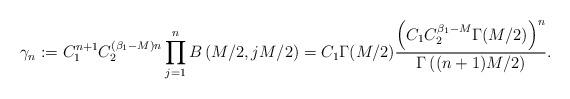
LaTeX: \begin{align*}\gamma_n:= C_1^{n+1} C_2^{(\beta_1-M)n} \prod_{j=1}^n B\left({M}/{2}, {jM}/{2}\right)=C_1 \Gamma(M/2) \frac{\left(C_1 C_2^{\beta_1-M} \Gamma(M/2)\right)^n}{\Gamma \left((n+1)M/2\right)}.\end{align*}